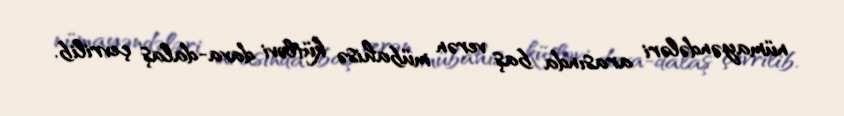
nümayəndələri arasında baş verən mübahisə kütləvi dava-dalaş çevrilib.